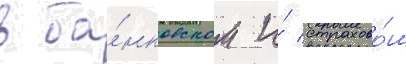
в ба́нковском и́ страхово́м